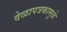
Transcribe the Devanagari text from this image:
वेळापत्रकामुळे